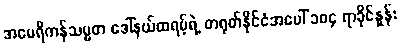
အမေရိကန်သမ္မတ ဒေါ်နယ်ထရမ့်ရဲ့ တရုတ်နိုင်ငံအပေါ် ၁၀၄ ရာခိုင်နှုန်း